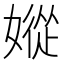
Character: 㜡